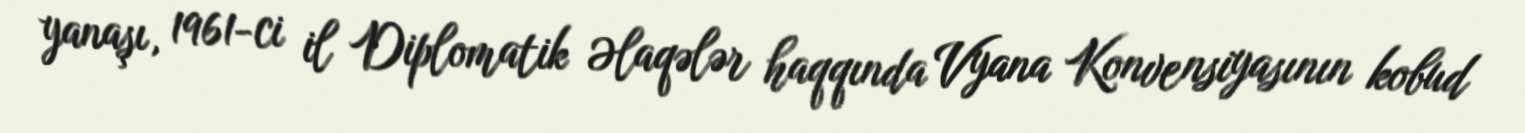
yanaşı, 1961-ci il Diplomatik Əlaqələr haqqında Vyana Konvensiyasının kobud